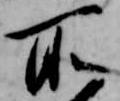
所